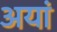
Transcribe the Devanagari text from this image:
अयां